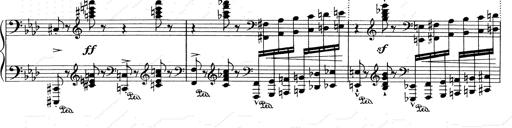
Title: Weinen, Klagen, Sorgen, Zagen
Composer: Franz Liszt